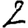
Digit: 2